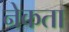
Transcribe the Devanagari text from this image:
नेकता